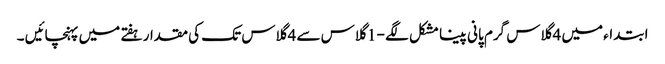
ابتداء میں 4 گلاس گرم پانی پینا مشکل لگے - 1 گلاس سے 4 گلاس تک کی مقدار ہفتے میں پہنچائیں ۔